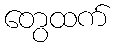
တွေထက်